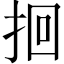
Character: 𫝻